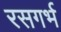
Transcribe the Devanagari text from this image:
रसगर्भ